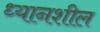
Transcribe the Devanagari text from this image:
ध्यानशील